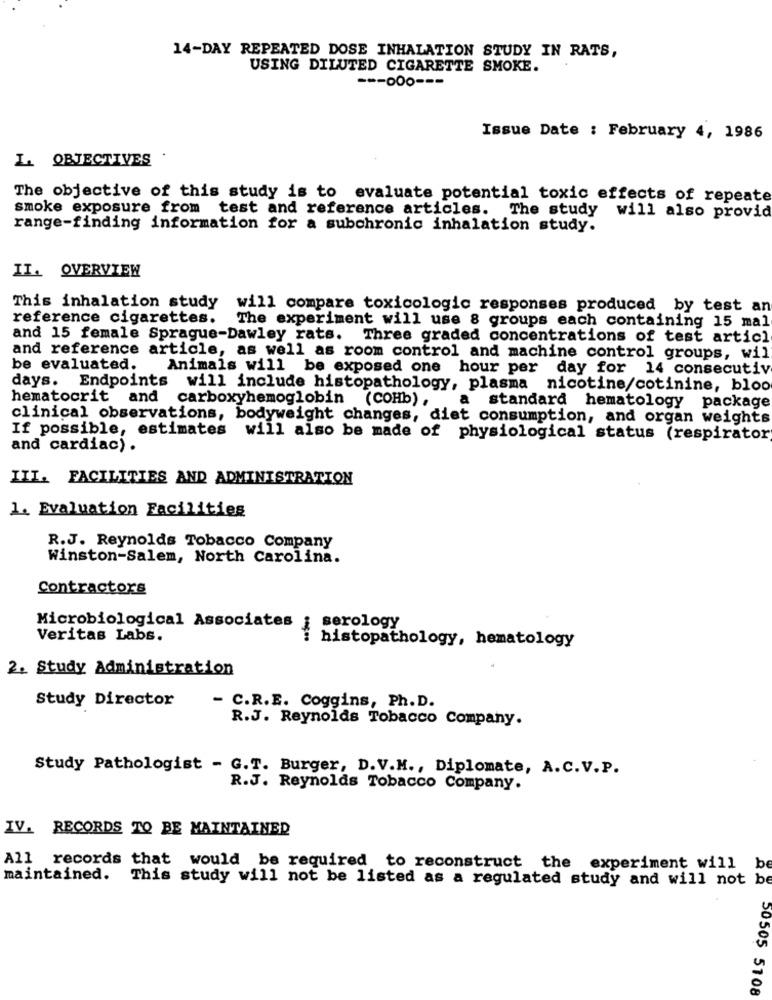
14-DAY REPEATED DOSE INHALATION STUDY IN RATS,
USING DILUTED CIGARETTE SMOKE.
=== 000 ---
Issue Date : February 4, 1986
L. OBJECTIVES
The objective of this study is to evaluate potential toxic effects of repeate
smoke exposure from test and reference articles. The study will also provid
range-finding information for a subchronic inhalation study.
II. OVERVIEW
This inhalation study will compare toxicologic responses produced by test an
reference cigarettes.
The experiment will use 8 groups each containing 15 mal
and 15 female Sprague-Dawley rats. Three graded concentrations of test articl
and reference article, as well as room control and machine control groups, wil
be evaluated.
Animals will be exposed one hour per day for 14 consecutive
days.
Endpoints will include histopathology, plasma nicotine/cotinine, bloo
hematocrit and
a
carboxyhemoglobin (COHb) ,
standard hematology package
clinical observations, bodyweight changes, diet consumption, and organ weights
If possible, estimates will also be made of physiological status (respirator
and cardiac) .
III. FACILITIES AND ADMINISTRATION
1. Evaluation Facilities
R.J. Reynolds Tobacco Company
Winston-Salem, North Carolina.
Contractors
Microbiological Associates ; serology
Veritas Labs.
i histopathology, hematology
2. Study Administration
Study Director
- C.R.E. Coggins, Ph.D.
R.J. Reynolds Tobacco Company.
Study Pathologist - G.T. Burger, D.V.M ., Diplomate, A.C.V.P.
R.J. Reynolds Tobacco Company.
IV. RECORDS TO BE MAINTAINED
All records that would be required to reconstruct the experiment will be
maintained. This study will not be listed as a regulated study and will not be
20 50505 5108